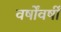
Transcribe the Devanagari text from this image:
वर्षोंवर्षीं